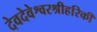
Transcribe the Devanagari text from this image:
देवदेवेश्वरश्रीहरिकी